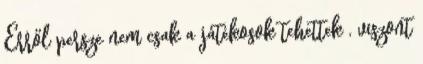
Erről persze nem csak a játékosok tehettek , viszont